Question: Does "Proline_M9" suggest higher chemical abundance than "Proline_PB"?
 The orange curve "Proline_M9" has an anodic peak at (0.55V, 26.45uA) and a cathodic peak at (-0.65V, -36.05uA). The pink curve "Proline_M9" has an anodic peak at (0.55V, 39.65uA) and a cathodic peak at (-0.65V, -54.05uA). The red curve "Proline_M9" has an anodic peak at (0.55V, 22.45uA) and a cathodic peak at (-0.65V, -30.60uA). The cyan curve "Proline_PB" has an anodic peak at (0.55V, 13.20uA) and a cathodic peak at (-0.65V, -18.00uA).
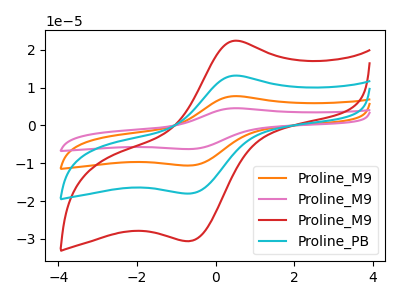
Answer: <think>All the peaks in "Proline_M9" have a peak in "Proline_PB" at the same potential. Every peak in "Proline_M9" is higher than every peak in "Proline_PB".
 </think>
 <answer>"Proline_M9" has more signal than "Proline_PB".</answer>
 <eval>more_signal</eval>